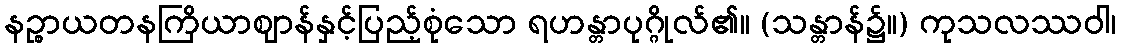
နဉ္စာယတနကြိယာဈာန်နှင့်ပြည့်စုံသော ရဟန္တာပုဂ္ဂိုလ်၏။ (သန္တာန်၌။) ကုသလဿဝါ၊